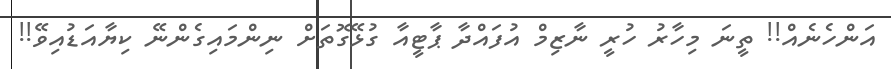
އަންހެނެއް!! ތީނަ މިހާރު ހުރީ ނާޒިމް އުފައްދާ ޕާޓީއާ ގުޅޭގޮތަށް ނިންމައިގެންނޭ ކިޔާއަޑުއިވޭ!!